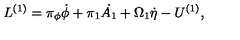
L ^ { ( 1 ) } = \pi _ { \phi } \dot { \phi } + \pi _ { 1 } \dot { A _ { 1 } } + \Omega _ { 1 } \dot { \eta } - U ^ { ( 1 ) } ,